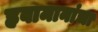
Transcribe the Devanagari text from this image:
हवामानांचा